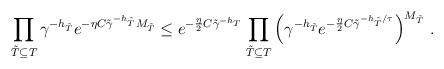
LaTeX: \begin{align*}\prod_{\tilde{T} \subseteq T} \gamma^{-h_{\tilde{T}}}e^{- \eta C \tilde{\gamma}^{-h_{\tilde{T}}}M_{\tilde{T}}}&\leq e^{- \frac{\eta}{2} C \tilde{\gamma}^{-h_T}}\prod_{\tilde{T} \subseteq T} \left(\gamma^{-h_{\tilde{T}}} e^{- \frac{\eta}{2} C \tilde{\gamma}^{-h_{\tilde{T}}/\tau}}\right)^{M_{\tilde{T}}} \, .\end{align*}